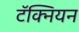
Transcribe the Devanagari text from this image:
टॅक्नियन